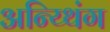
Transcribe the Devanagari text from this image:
अन्य्थिंग